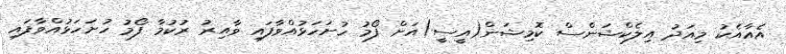
އެއާއެކު މިއަދު އިލެކްޝަންސް ކޮމިޝަން(އީސީ)އަށް ފޯމު ހުށަހަޅުއްވާފައި ވާއިރު ރުކުމާ ފޯމު ހުށަހަޅުއްވާފައި